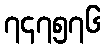
၇၄၇၅၇၆